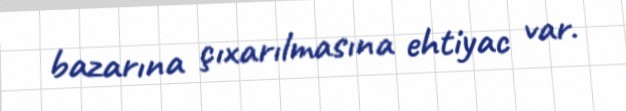
bazarına çıxarılmasına ehtiyac var.